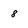
Character: 8